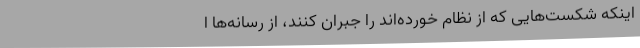
اینکه شکست‌هایی که از نظام خورده‌اند را جبران کنند، از رسانه‌ها ا